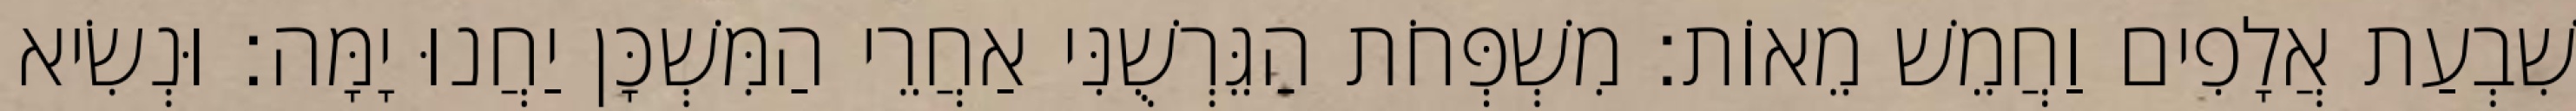
שִׁבְעַת אֲלָפִים וַחֲמֵשׁ מֵאוֹת׃ מִשְׁפְּחֹת הַגֵּרְשֻׁנִּי אַחֲרֵי הַמִּשְׁכָּן יַחֲנוּ יָמָּה׃ וּנְשִׂיא